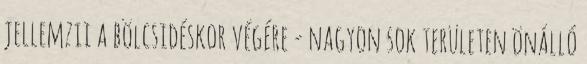
jellemzıi a bölcsıdéskor végére - nagyon sok területen önálló